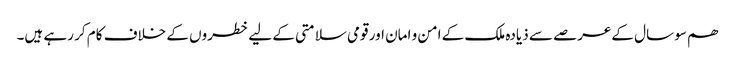
ھم سو سال کےعرصے سے ذیادہ ملک کے امن و امان اور قومی سلامتی کے لیے خطروں کے خلاف کام کر رہے ہیں۔